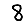
Digit: 8